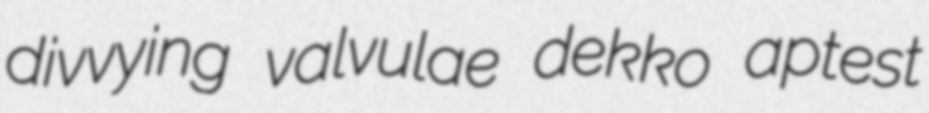
divvying valvulae dekko aptest